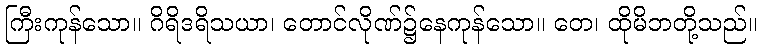
ကြီးကုန်သော။ ဂိရိဒရိသယာ၊ တောင်လိုဏ်၌နေကုန်သော။ တေ၊ ထိုမိဘတို့သည်။